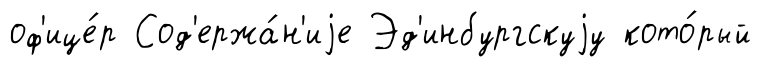
оф'ице́р Сод'ержа́н'иjе Эд'инбургскуjу кото́рый